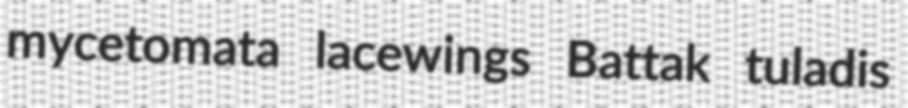
mycetomata lacewings Battak tuladis